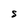
Character: S